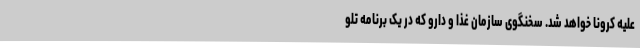
علیه کرونا خواهد شد. سخنگوی سازمان غذا و دارو که در یک برنامه تلو